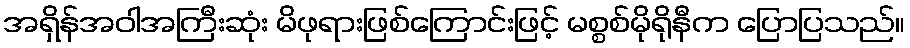
အရှိန်အဝါအကြီးဆုံး မိဖုရားဖြစ်ကြောင်းဖြင့် မစ္စစ်မိုရိုနီက ပြောပြသည်။